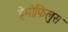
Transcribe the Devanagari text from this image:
हेमोफिलुस